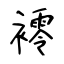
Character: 䙥